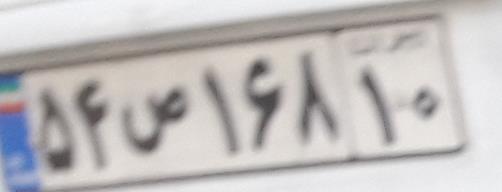
۵۴ص۱۶۸۱۰